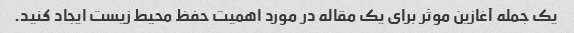
یک جمله آغازین موثر برای یک مقاله در مورد اهمیت حفظ محیط زیست ایجاد کنید.